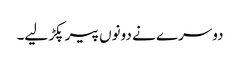
دوسرے نے دونوں پیر پکڑ لیے۔